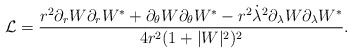
\begin{align*}\mathcal{L}=\frac{r^{2}\partial_{r}W\partial_{r}W^{*}+\partial_{\theta}W\partial_{\theta}W^{*}-r^{2}\dot\lambda^{2}\partial_{\lambda}W\partial_{\lambda}W^{*}}{4r^{2}(1+|W|^{2})^{2}}.\end{align*}